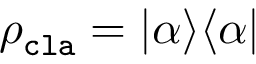
\rho _ { \mathtt { c l a } } = | \alpha \rangle \langle \alpha |